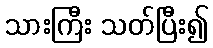
သားကြီး သတ်ပြီး၍